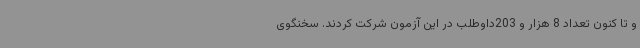
و تا کنون تعداد 8 هزار و 203داوطلب در این آزمون شرکت کردند. سخنگوی